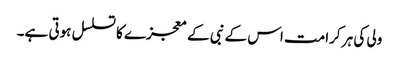
ولی کی ہر کرامت اس کے نبی کے معجزے کا تسلسل ہوتی ہے۔